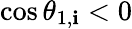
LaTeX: \cos\theta_{1,\mathbf{i}}<0